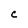
Character: C